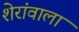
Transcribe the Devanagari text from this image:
शेरांवाला